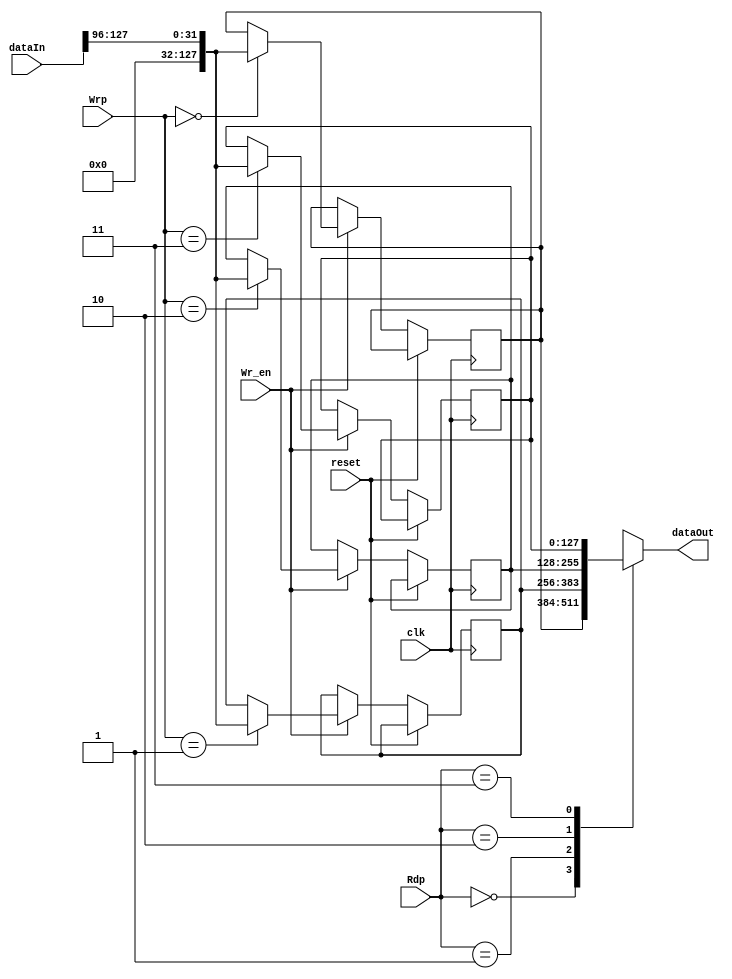

module mem (
	input 		clk,
	input 		reset,
	input  [127:0] 	dataIn,
	output [127:0] 	dataOut,
	input  [1:0] 	Wrp,
	input 		Wr_en,
	input  [1:0]	Rdp
);

reg [127:0] ram [3:0]; 
assign dataOut = ram [Rdp]; 

always @(posedge clk or posedge reset) begin
	if(reset) begin
	
	end else begin
		if (Wr_en) begin
			ram [Wrp] <= dataIn [ 31: 0];
			ram [Wrp] <= dataIn [ 63:32];
			ram [Wrp] <= dataIn [ 95:64];
			ram [Wrp] <= dataIn [127:96];
		end	
	end
end

endmodule 

// +----+----+----+----+
// |    |    |    |    |  wrp = 0 11 00
// +----+----+----+----+
// |    |    |    |    |  wrp = 0 10 00
// +----+----+----+----+
// |    |    |    |    |  wrp = 0 01 00
// +----+----+----+----+
// |    |    |    |    |  wrp = 0 00 00 
// +----+----+----+----+